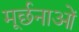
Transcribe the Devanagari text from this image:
मूर्छनाओं